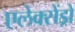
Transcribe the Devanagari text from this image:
एलेक्सेंड्रो